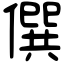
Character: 僎